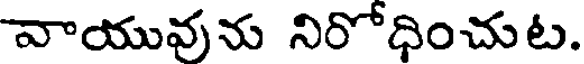
వాయువును నిరోధించుట.